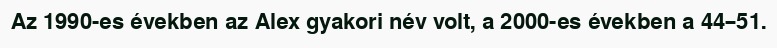
Az 1990-es években az Alex gyakori név volt, a 2000-es években a 44–51.